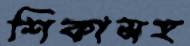
শিকাসহ